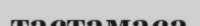
тастамаса